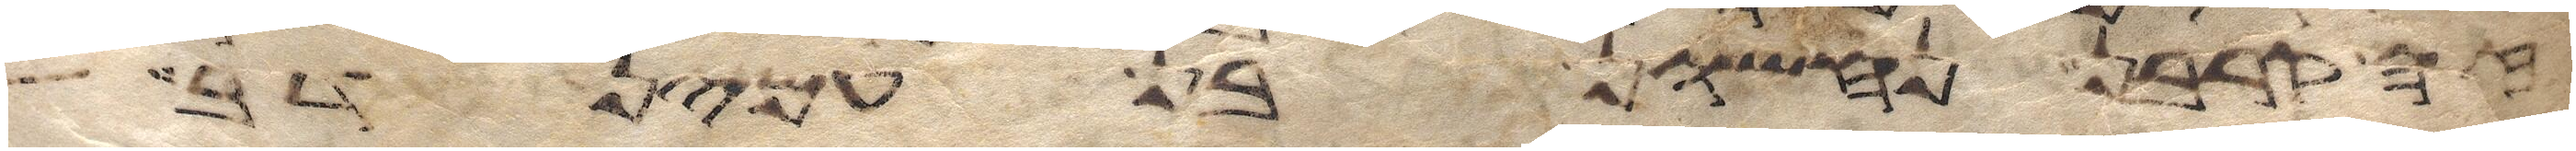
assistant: זה קרבן נחשון בן עמינדב